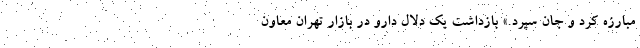
مبارزه کرد و جان سپرد.» بازداشت یک دلال دارو در بازار تهران معاون